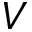
V